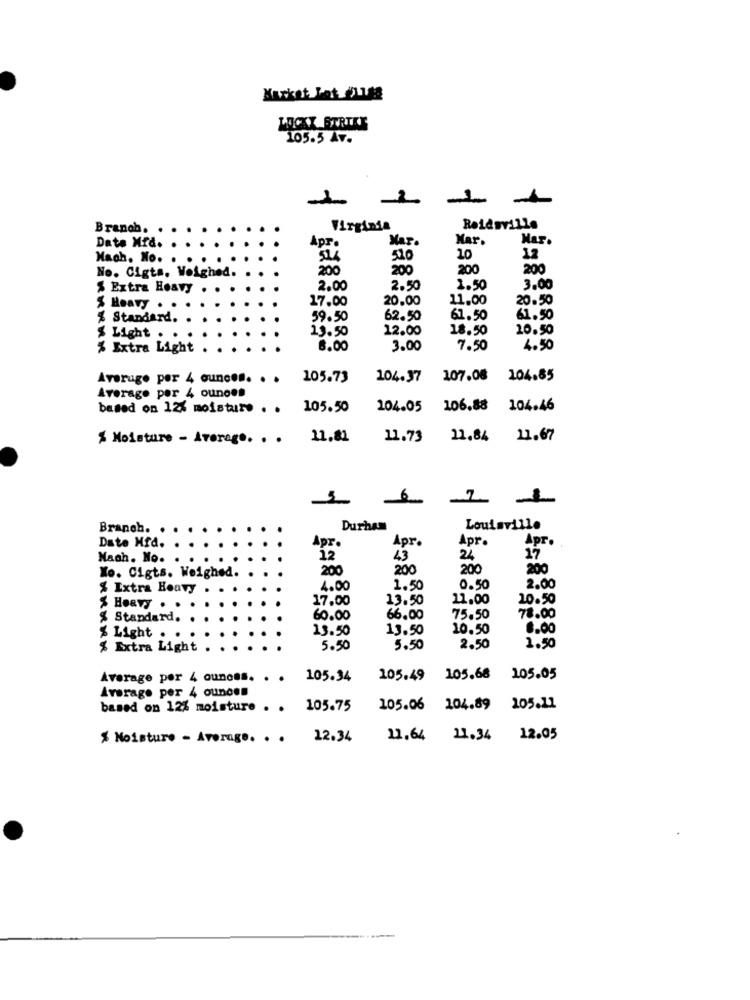
Market PetToute
MICKX STRIKE
105.5 Av.
Branch.
Virginia
Reidsville
Mar.
Kar.
Date Mid.
Apr.
Mach. No.
10
12
200
200
200
200
No. Cigts, Weighed.
$ Extra Heavy
2.00
2.50
1.50
3.00
17.00
20.00
11.00
20.50
$ Heavy . .
% Standard.
59.50
62.50
61.50
61.50
13.50
12.00
18.50
10.50
$ Light . .
% Extra Light
6.00
3.00
7.50
4.50
Averugo por 4 ounces. . .
105.73
104.37
107.08
104.85
Average per 4 ounoes
based on 12% moistur. . .
105.50
104.05
106.88
104.46
% Moisture - Average. . .
11.81
11.73
11.84 11.67
Branch. .
Durham
Louisville
Apr.
Apr.
Apr.
Date Hfd.
Apr.
Nach. No.
12
43
24
27
200
200
200
200
Xo. Cigts. Weighed.
% Extra Heavy
4.00
1.50
0.50
2.00
17.00
13.50
11.00
10.50
$ Heavy .
% Standard.
60.00
66.00
75.50
78.00
13.50
13.50
10.50
8.00
% Light
% Extra Light
5.50
5.50
2.50
1.50
Average por 4 ounces. . .
105.34
105.49
105.68
105.05
Average per 4 ounces
based on 12% moisture . . 105.75
105.06
104.89 105.11
% Moisture - Average. . .
12.34
11,64 11.34 12.05